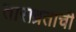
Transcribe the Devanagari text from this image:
ताराव्रताची